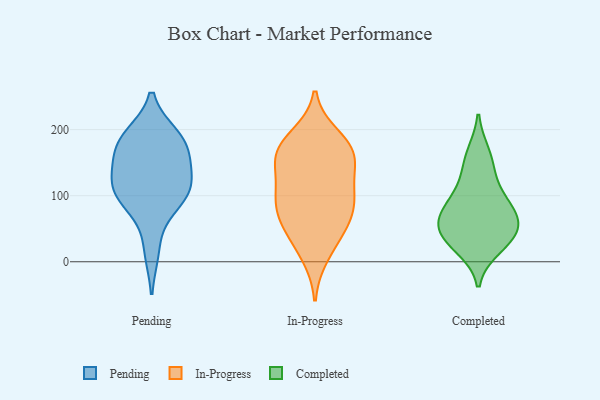
{"axis": {"x": "Budget (USD K)", "y": "Value"}, "legend": ["Completed", "In-Progress", "Pending"], "data": [{"x": "", "y": 122, "type": "Pending"}, {"x": "", "y": 95, "type": "Pending"}, {"x": "", "y": 86, "type": "Pending"}, {"x": "", "y": 109, "type": "Pending"}, {"x": "", "y": 131, "type": "Pending"}, {"x": "", "y": 190, "type": "Pending"}, {"x": "", "y": 158, "type": "Pending"}, {"x": "", "y": 108, "type": "Pending"}, {"x": "", "y": 17, "type": "Pending"}, {"x": "", "y": 180, "type": "Pending"}, {"x": "", "y": 189, "type": "Pending"}, {"x": "", "y": 169, "type": "Pending"}, {"x": "", "y": 83, "type": "In-Progress"}, {"x": "", "y": 52, "type": "In-Progress"}, {"x": "", "y": 80, "type": "In-Progress"}, {"x": "", "y": 67, "type": "In-Progress"}, {"x": "", "y": 161, "type": "In-Progress"}, {"x": "", "y": 178, "type": "In-Progress"}, {"x": "", "y": 100, "type": "In-Progress"}, {"x": "", "y": 161, "type": "In-Progress"}, {"x": "", "y": 161, "type": "In-Progress"}, {"x": "", "y": 37, "type": "In-Progress"}, {"x": "", "y": 10, "type": "In-Progress"}, {"x": "", "y": 111, "type": "In-Progress"}, {"x": "", "y": 189, "type": "In-Progress"}, {"x": "", "y": 115, "type": "In-Progress"}, {"x": "", "y": 158, "type": "In-Progress"}, {"x": "", "y": 88, "type": "Completed"}, {"x": "", "y": 53, "type": "Completed"}, {"x": "", "y": 99, "type": "Completed"}, {"x": "", "y": 21, "type": "Completed"}, {"x": "", "y": 69, "type": "Completed"}, {"x": "", "y": 164, "type": "Completed"}, {"x": "", "y": 64, "type": "Completed"}, {"x": "", "y": 40, "type": "Completed"}, {"x": "", "y": 137, "type": "Completed"}, {"x": "", "y": 35, "type": "Completed"}]}